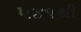
૫૪૧થી